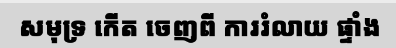
សមុទ្រ កើត ចេញពី ការរំលាយ ផ្ទាំង